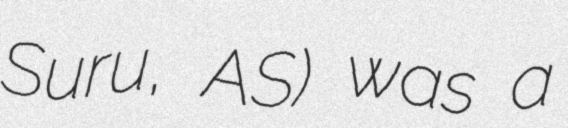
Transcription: Suru, AS) was a